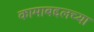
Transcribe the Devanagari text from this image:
कामाबद्दलच्या